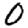
Digit: 0